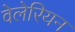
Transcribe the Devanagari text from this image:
वेलेरियन